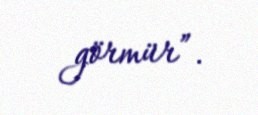
görmür”.